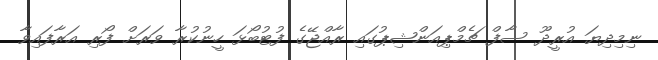
ނިމިދިިޔަ އުރީދޫ ސާފް ޗެމްޕިއަންޝިޕުގައި ރާއްޖޭގެ ފުޓުބޯޅަ ހީނުކުރާ ވަރަށް ފޯރި އަރާފައިވާ